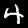
Label: 4